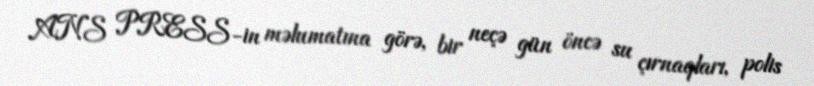
ANS PRESS-in məlumatına görə, bir neçə gün öncə su çırnaqları, polis